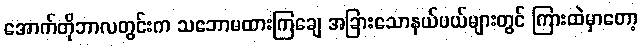
အောက်တိုဘာလတွင်းက သဘောမထားကြချေ အခြားသောနယ်ပယ်များတွင် ကြားထဲမှာတော့